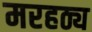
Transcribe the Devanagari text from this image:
मरहठ्य